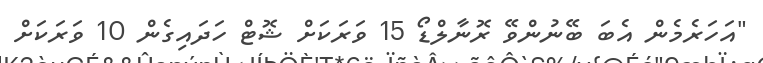
"އަހަރެމެން އެބަ ބޭނުންވޭ ރޮނާލްޑޯ 15 ވަރަކަށް ޝޮޓް ހަދައިގެން 10 ވަރަކަށް